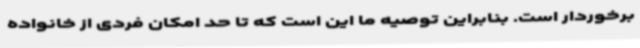
برخوردار است. بنابراین توصیه ما این است که تا حد امکان فردی از خانواده